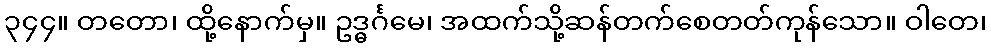
၃၄၄။ တတော၊ ထို့နောက်မှ။ ဥဒ္ဓင်္ဂမေ၊ အထက်သို့ဆန်တက်စေတတ်ကုန်သော။ ဝါတေ၊